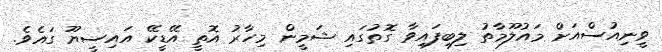
ވީނިއުސްއަށް މައުލޫމާތު ލިބިފައިވާ ގޮތުގައި ޝަމީން މިހާރު އޮތީ އޭޑީކޭ އައިސީޔޫ ގައެވެ.